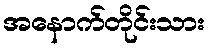
အနောက်တိုင်းသား